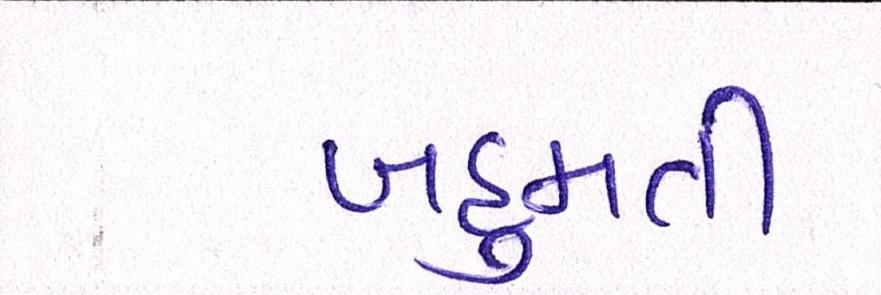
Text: બહુમતી